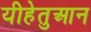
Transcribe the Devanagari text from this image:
यीहेतुआन